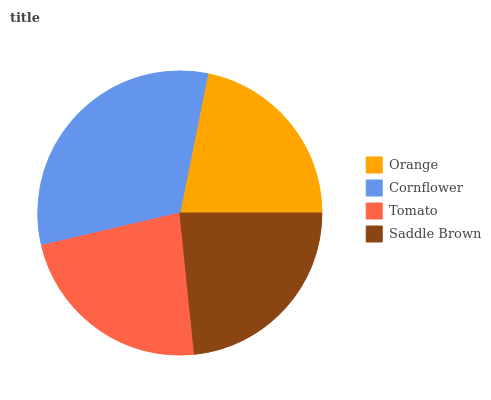
| Orange | Cornflower | Tomato | Saddle Brown |
 | --- | --- | --- | --- |
 | 21.8% | 31.8% | 22.9% | 23.4% |